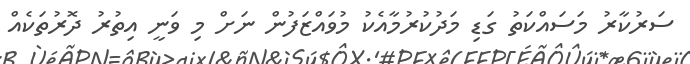
ސަރުކާރު މަސައްކަތު ގަޑި މަދުކުރުމާއެކު މުވައްޒަފުން ނަށް މި ވަނީ އިތުރު ދޮރުތަކެއް